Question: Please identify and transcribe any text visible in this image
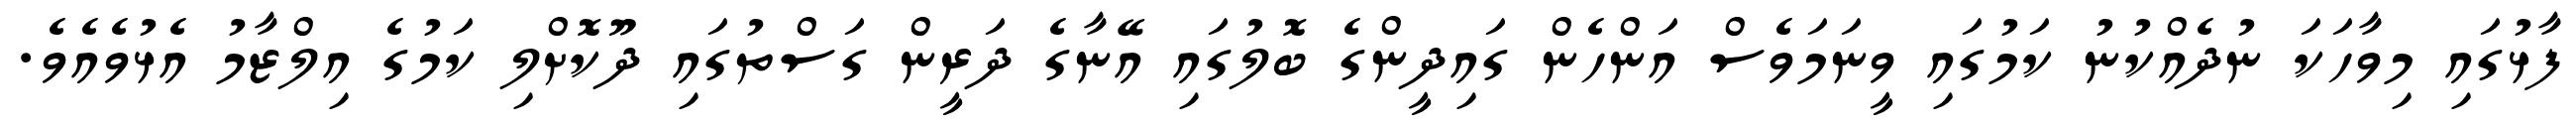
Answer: ފާޅުގައި މިވާހަކަ ނުދެއްކުނު ކަމުގައި ވީނަމަވެސް އަންހެން ގައިދީންގެ ބޮލުގައި އޭނާގެ ދަރީން ގަސްތުގައި ދޫކޮށްލި ކަމުގެ އިލްޒާމު އެޅުވެއެވެ.